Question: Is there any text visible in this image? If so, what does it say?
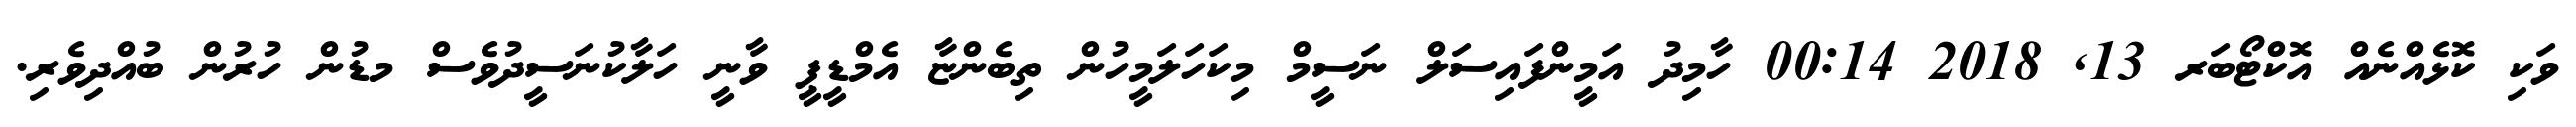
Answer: ވަކި ކޮޅެއްނެއް އޮކްޓޯބަރ 13, 2018 00:14 ހާމިދު އަމީންފައިސަލް ނަސީމް މިކަހަލަމީހުން ތިބެންޏާ އެމްޑީޕީ ވާނީ ހަލާކުނަސީދުވެސް މޑުން ހުރުން ބުއްދިވެރި.